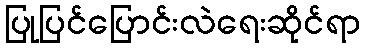
ပြုပြင်ပြောင်းလဲရေးဆိုင်ရာ